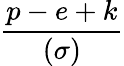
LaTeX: \frac{p-e+k}{(\sigma)}